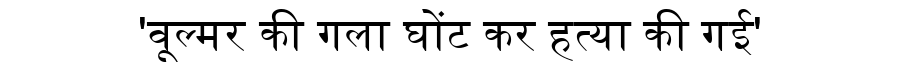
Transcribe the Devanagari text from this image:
'वूल्मर की गला घोंट कर हत्या की गई'